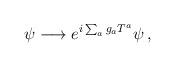
LaTeX: \begin{align*}\psi \longrightarrow e^{i\sum_{a} g_{a}T^{a}}\psi\, ,\end{align*}